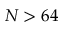
N > 6 4